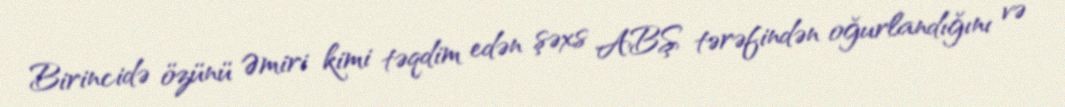
Birincidə özünü Əmiri kimi təqdim edən şəxs ABŞ tərəfindən oğurlandığını və